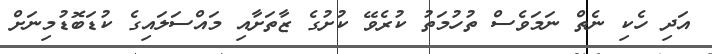
އަދި ހެކި ނެތް ނަމަވެސް ތުހުމަތު ކުރެވޭ ކުށުގެ ޒާތަށާއި މައްސަލައިގެ ކުޑަބޮޑުމިނަށް